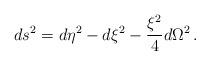
LaTeX: \begin{align*}ds^2=d\eta^2-d\xi^2-\frac{\xi^2}{4}d\Omega^2\,.\end{align*}